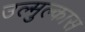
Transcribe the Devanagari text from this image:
उल्मुल्कास